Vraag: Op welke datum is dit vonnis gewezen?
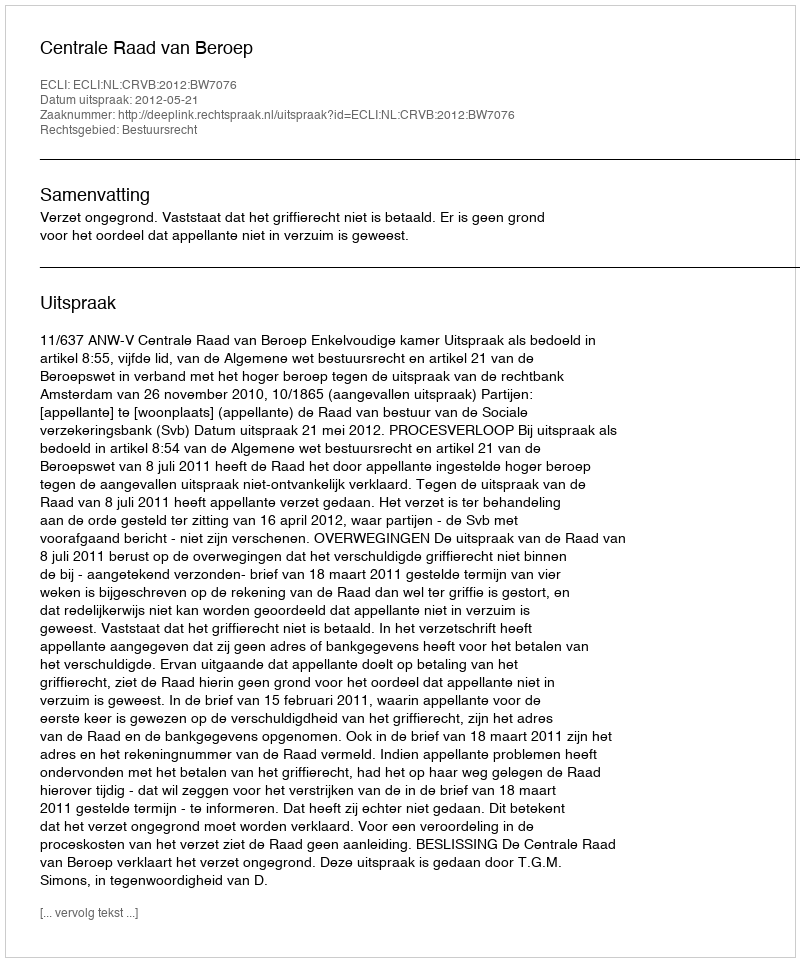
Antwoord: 2012-05-21